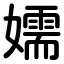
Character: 嬬